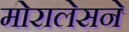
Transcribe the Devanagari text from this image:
मोरालेसने